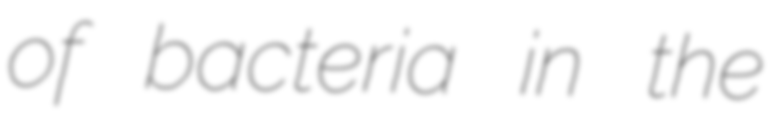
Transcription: of bacteria in the